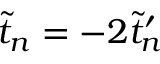
\tilde { t } _ { n } = - 2 \tilde { t } _ { n } ^ { \prime }